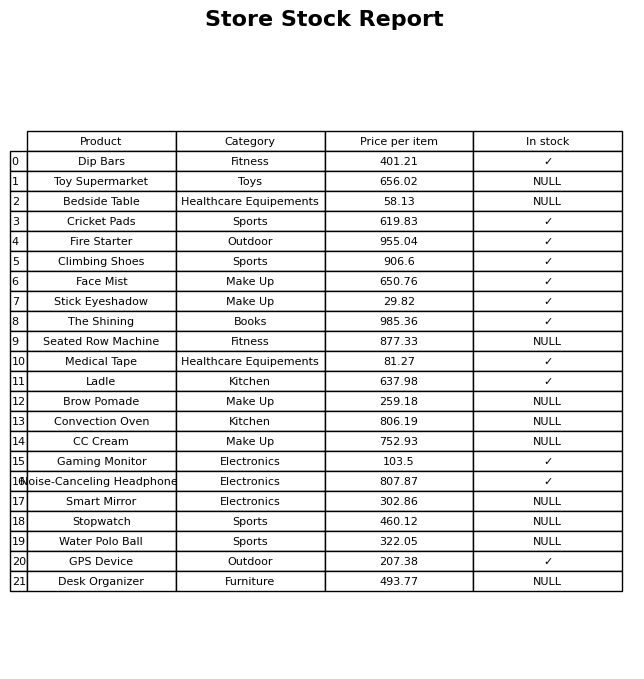
question: What is the price of the Face Mist?
answer: The price of Face Mist is 650.76.